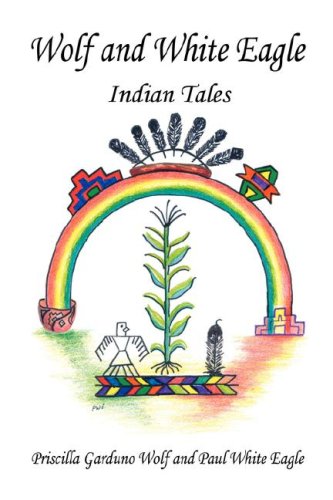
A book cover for Wolf and White Eagle - Indian Tales; Priscilla Garduno Wolf; Children's Books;